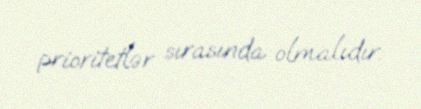
prioritetlər sırasında olmalıdır.